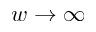
w \to \infty